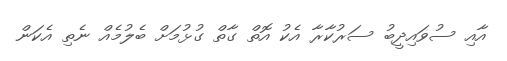
އާއި ސުވައިދީބު ސަރުކާރާ އެކު އޮތް ގާތް ގުޅުމަށް ބެލުމެއް ނެތި އެކަން